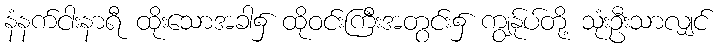
နံနက်ငါးနာရီ ထိုးသောအခါ၌ ထိုဝင်းကြီးအတွင်း၌ ကျွန်ုပ်တို့ သုံးဦးသာလျှင်